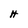
Character: H